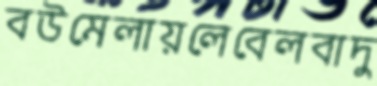
বউমেলায়লেবেলবাদু